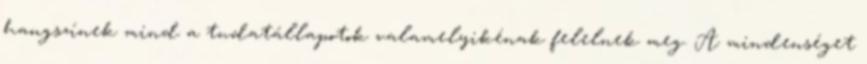
hangszínek mind a tudatállapotok valamelyikénak felelnek meg. A mindenséget